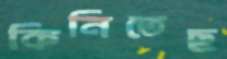
কিনিতেছ